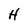
Character: H